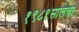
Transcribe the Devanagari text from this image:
१९८९सालचा